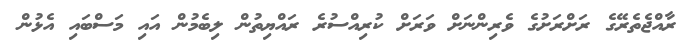
ރާއްޖެތެރޭގެ ރަށްރަށުގެ ވެރިންނަށް ވަރަށް ކުރިއްސުރެ ރައްޔިތުން ލިބެމުން އައި މަސްބައި އެޅުން